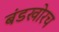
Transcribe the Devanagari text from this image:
बंडखोरच